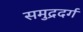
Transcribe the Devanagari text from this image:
समुद्रदर्ग